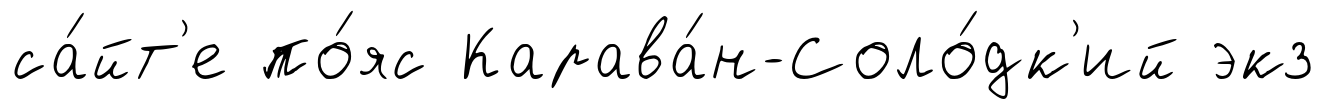
са́йт'е по́яс Карава́н-Соло́дк'ий экз